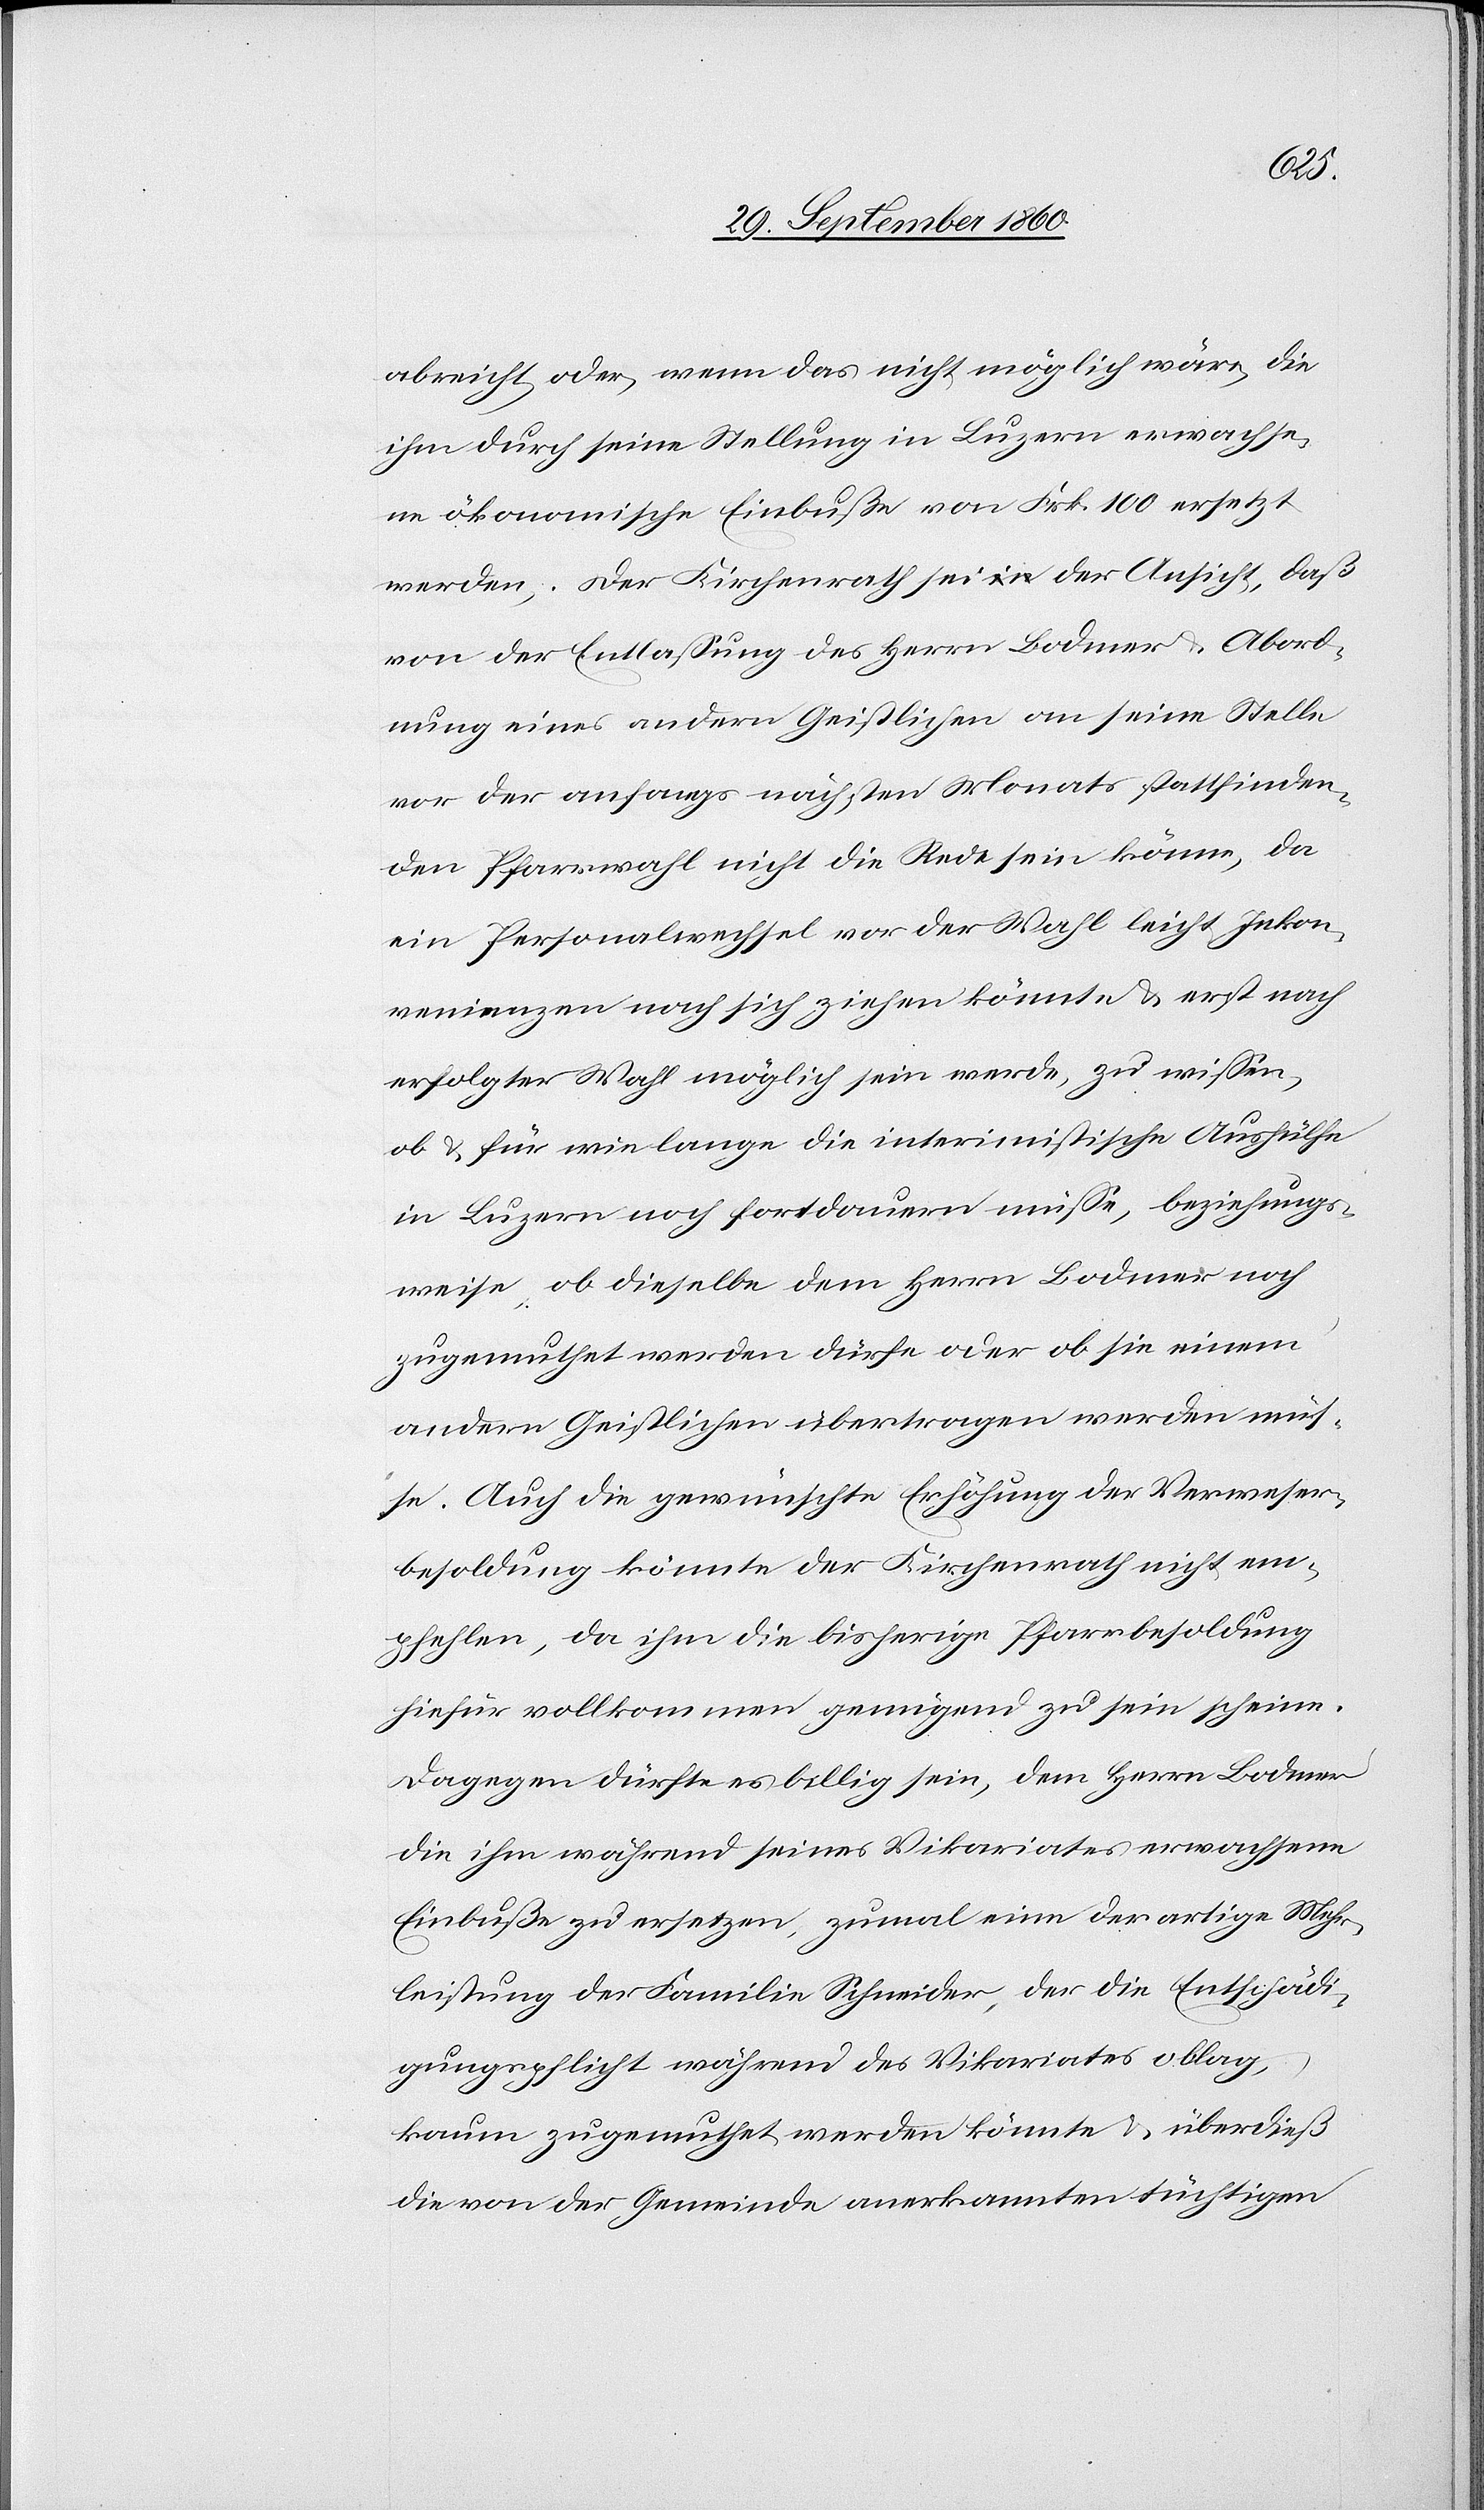
abreicht oder, wenn das nicht möglich wäre, die
ihm durch seine Stellung in Luzern erwachse¬
ne ökonomische Einbuße von Frk. 100 ersetzt
werden. Der Kirchenrath sei der Ansicht, daß
von der Entlassung des Herrn Bodmer & Abord¬
nung eines andern Geistlichen an seine Stelle
vor der anfangs nächsten Monats stattfinden¬
den Pfarrwahl nicht die Rede sein könne, da
ein Personalwechsel vor der Wahl leicht Inkon¬
venienzen nach sich ziehen könnte & erst nach
erfolgter Wahl möglich sein werde, zu wissen,
ob & für wie lange die interimistische Aushülfe
in Luzern noch fortdauern müsse, beziehungs¬
weise, ob dieselbe dem Herrn Bodmer noch
zugemuthet werden dürfe oder ob sie einen
andern Geistlichen übertragen werden müs¬
se. Auch die gewünschte Erhöhung der Verweser¬
besoldung könnte der Kirchenrath nicht em¬
pfehlen, da ihm die bisherige Pfarrbesoldung
hiefür vollkommen genügend zu sein scheine.
Dagegen dürfte es billig sein, dem Herrn Bodmer
die ihm während seines Vikariates erwachsene
Einbuße zu ersetzten, zumal eine derartige Mehr¬
leistung der Familie Schneider, der die Entschädi¬
gungspflicht während des Vikariates oblag,
kaum zugemuthet werden könnte & überdieß
die von der Gemeinde anerkannten tüchtigen